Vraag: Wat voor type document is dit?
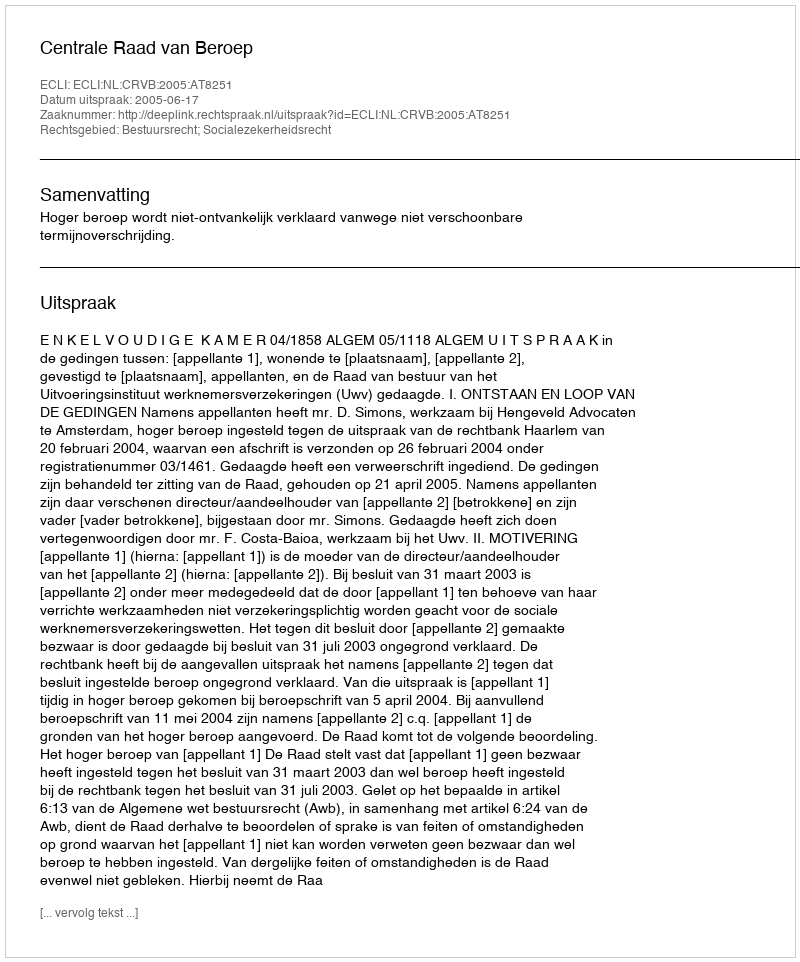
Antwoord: Uitspraak